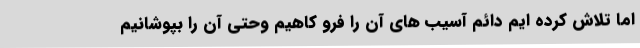
اما تلاش کرده ایم دائم آسیب های آن را فرو کاهیم وحتی آن را بپوشانیم